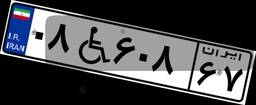
۰۸W۶۰۸۶۷